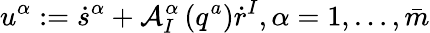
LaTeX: u^{\alpha}:=\dot{s}^{\alpha}+\mathcal{A}_{I}^{\alpha}\left(q^{a}\right)\dot{r}^{I},\alpha=1,\ldots,\bar{m}